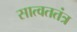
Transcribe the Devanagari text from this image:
सात्वततंत्र